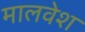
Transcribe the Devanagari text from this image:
मालवेश